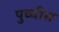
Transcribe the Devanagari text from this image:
पुच्चीस